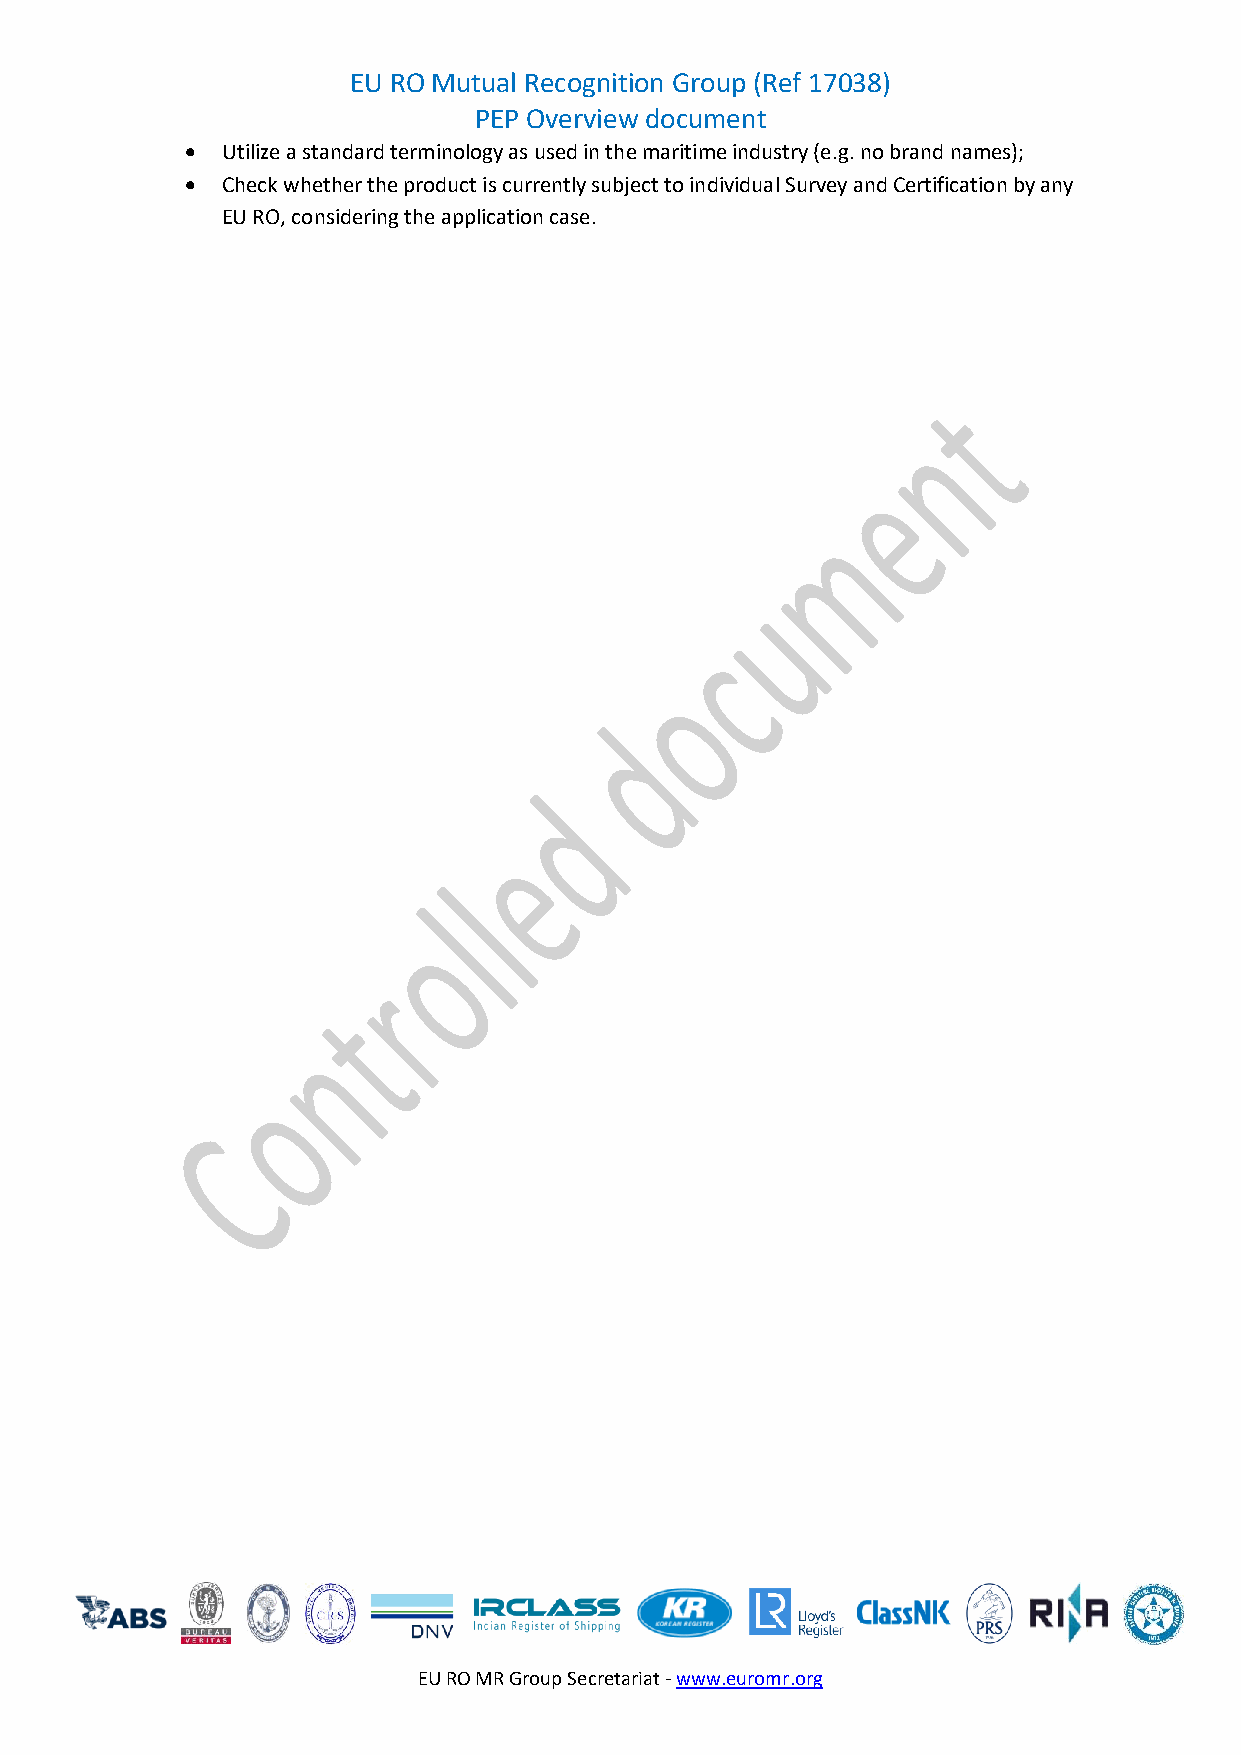
EU RO Mutual Recognition Group (Ref 17038)
 PEP Overview document
 •  Utilize a standard terminology as used in the maritime industry (e.g. no brand names);
 •  Check whether the product is currently subject to individual Survey and Certification by any
 EU RO, considering the application case.
 EU RO MR Group Secretariat - www.euromr.org